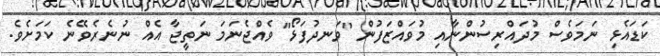
ކަޑައެޅި ނަމަވެސް މުދައްރިސުންނާއި މުވައްޒަފުން "ވަނދުފަޅޯ" ވެއްޖެނަމަ ނަތީޖާ އެއް ނުނެރެވޭނެ ކަމަށެވެ.